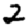
Digit: 2